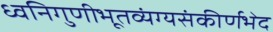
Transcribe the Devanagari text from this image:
ध्वनिगुणीभूतव्यंग्यसंकीर्णभेद